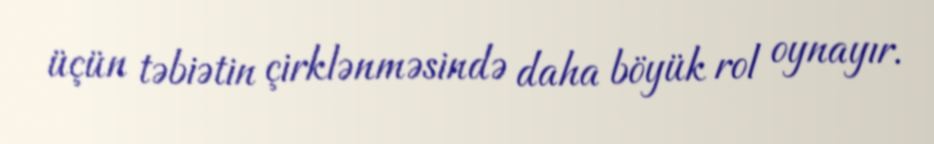
üçün təbiətin çirklənməsində daha böyük rol oynayır.